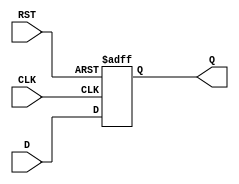
module synchronous_register (
    input wire D,       // Data input
    input wire CLK,     // Clock input
    input wire RST,     // Asynchronous reset
    output reg Q        // Data output
);

    // Always block triggered on the rising edge of the clock or the asynchronous reset
    always @(posedge CLK or posedge RST) begin
        if (RST) begin
            Q <= 1'b0;  // Clear the register output to 0 on reset
        end else begin
            Q <= D;     // Update the register output with the data input
        end
    end

endmodule